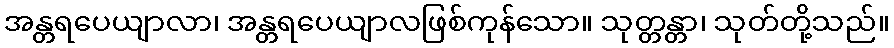
အန္တရပေယျာလာ၊ အန္တရပေယျာလဖြစ်ကုန်သော။ သုတ္တန္တာ၊ သုတ်တို့သည်။